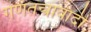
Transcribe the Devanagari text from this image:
गणतन्त्रावादी